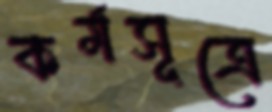
কর্মসূত্রে